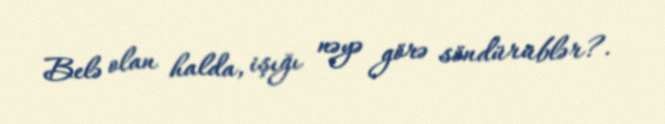
Belə olan halda, işığı nəyə görə söndürüblər?.